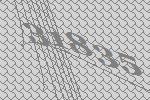
31835